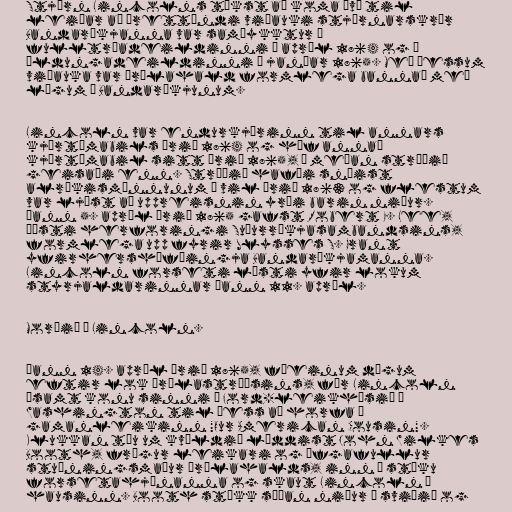
Stjórn Lincolns tókst að koma því til
leiðar að þrettándi viðauki stjórnarskrár
Bandaríkjanna var samþykktur á
fulltrúadeildinni í apríl 1864 og á
öldungadeildinni í janúar 1865. Með þessum
viðauka var þrælahald formlega bannað með
lögum í Bandaríkjunum.

Lincoln var endurkjörinn til annars
kjörtímabils árið 1864 og hóf annað
kjörtímabil sitt árið 1865, á meðan stríðið
geisaði enn. Stríðið hafði snúist
alríkismönnunum í vil árið 1863 og flestum
var ljóst að uppreisnin yrði barin niður.
Þann 5. apríl árið 1865 gafst Robert E. Lee,
æðsti herforingi Suðurríkjasambandsins,
formlega upp fyrir Ulysses S. Grant
yfirhershöfðingja Bandaríkjamanna.
Lincoln forseti lýsti yfir lokum
styrjaldarinnar þann 11. apríl.

Morðið á Lincoln.

Þann 14. apríl árið 1865, fáeinum dögum
eftir lok Þrælastríðsins, fór Lincoln
ásamt konu sinni í Ford-leikhúsið í
Washington til þess að horfa á
gamanleikinn "Our American Cousin".
Klukkan tíu um kvöldið læddist John Wilkes
Booth, frægur leikari og öfgafullur
stuðningsmaður þrælahalds, inn í stúku
forsetahjónanna og skaut Lincoln í
hausinn. Booth stökk síðan niður á sviðið og